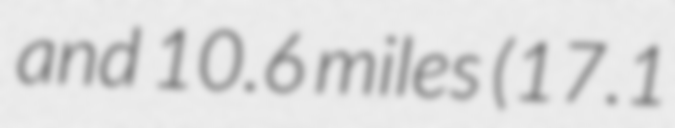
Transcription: and 10.6 miles (17.1